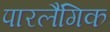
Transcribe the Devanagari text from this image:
पारलैंगिक